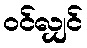
ဝင်လျှင်